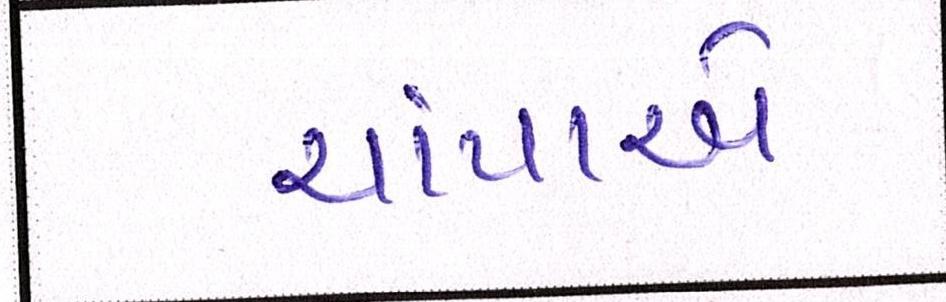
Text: ચાંપાએ